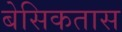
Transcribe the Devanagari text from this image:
बेसिकतास